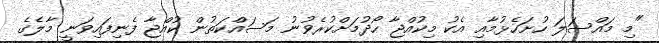
"މި މައްސަލަ ހުށަހެޅުމާއި އެކު މިކުއްޖާ ހޯދުމަށްކުރެވުނު މަސައްކަތުން ކުއްޖާ ފެނިފައިވަނީ މާލެގެ